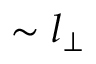
\sim l _ { \perp }